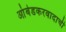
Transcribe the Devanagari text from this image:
आंबेडकरवादाची